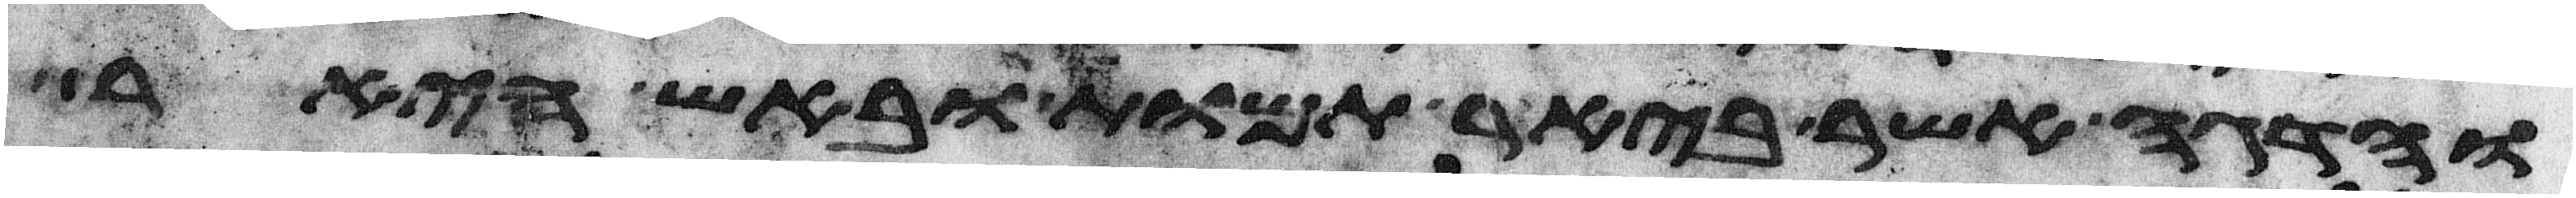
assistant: והדגה אשר ביאר תמות ובאש היאר